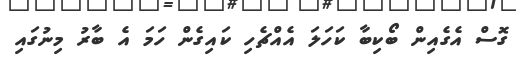
ގޮސް އެގެއިން ބޯކިބާ ކަހަލަ އެއްޗެހި ކައިގެން ހަމަ އެ ބާރު މިނުގައި